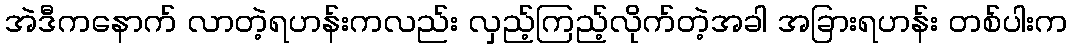
အဲဒီကနောက် လာတဲ့ရဟန်းကလည်း လှည့်ကြည့်လိုက်တဲ့အခါ အခြားရဟန်း တစ်ပါးက